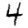
Digit: 4